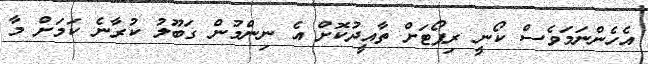
އެހެންނަމަވެސް ކޯނީ ރިޕޯޓަށް ތާއީދުކޮށް އެ ނިންމުން ގަބޫލު ކުރާނެ ކަމަށް މާ